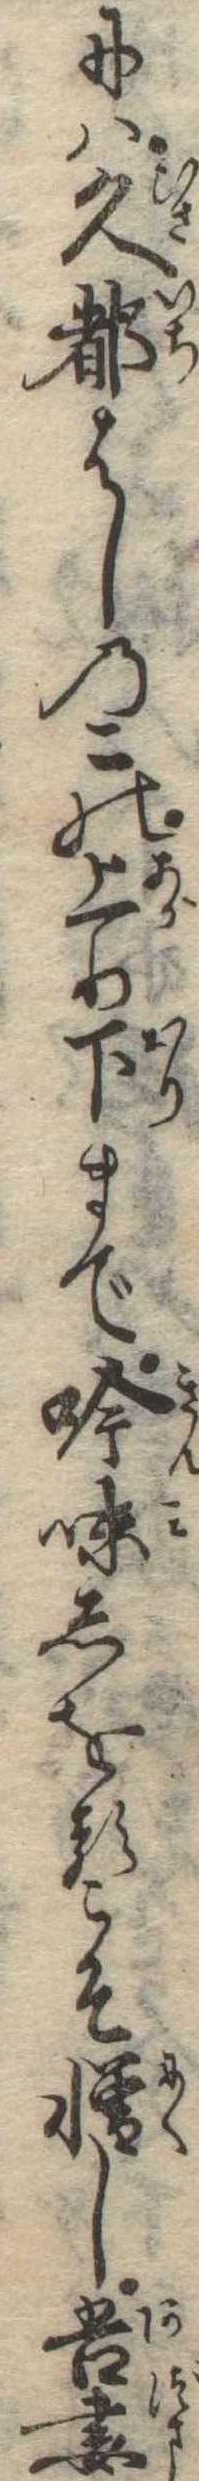
には久都はしのこの上り下まで吟味しをるこそ憎し吾妻